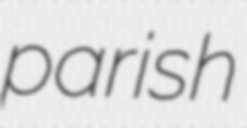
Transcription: parish